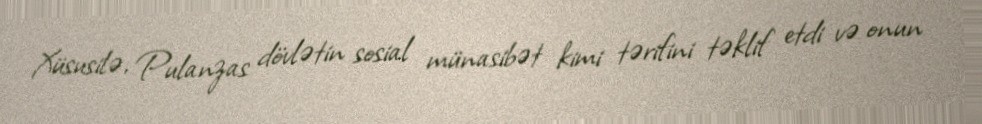
Xüsusilə, Pulanzas dövlətin sosial münasibət kimi tərifini təklif etdi və onun